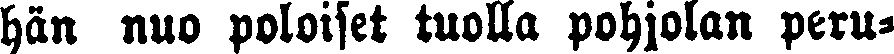
hän nuo poloiset tuolla pohjolan peru-